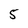
Character: 5